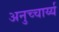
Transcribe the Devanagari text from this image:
अनुच्चार्य्य